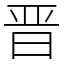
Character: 晋